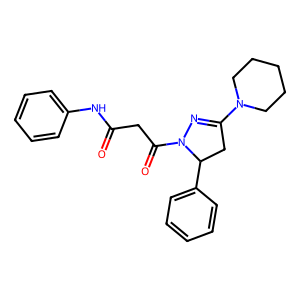
SMILES: O=C(CC(=O)N1N=C(N2CCCCC2)CC1c1ccccc1)Nc1ccccc1
Inhibits HIV replication: No